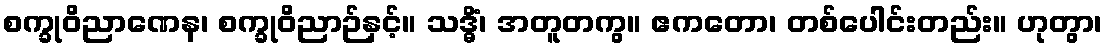
စက္ခုဝိညာဏေန၊ စက္ခုဝိညာဉ်နှင့်။ သဒ္ဓိံ၊ အတူတကွ။ ဧကတော၊ တစ်ပေါင်းတည်း။ ဟုတွာ၊